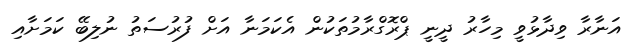
އަނާރާ ވިދާޅުވީ މިހާރު ދީނީ ޕްރޮގްރާމުތަކުން އެކަމަނާ އަށް ފުރުސަތު ނުލިބޭ ކަމަށާއި